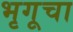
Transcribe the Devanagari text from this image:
भृगूचा